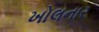
ખોલનાર